Medical and sanitary report of the native army of Bengal for the year
Year: 1878
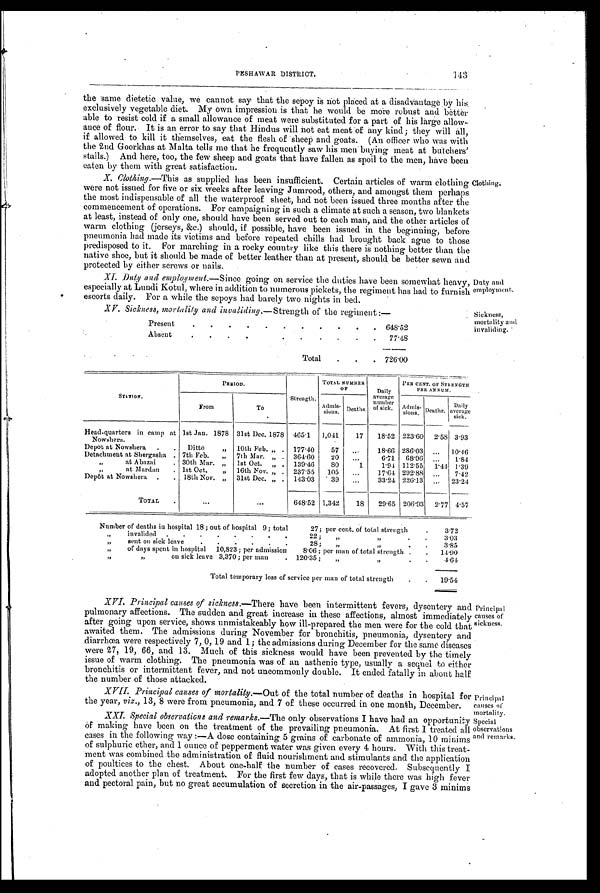
143
PESHAWAR DISTRICT.
the 'same dietetic value, we cannot say that the sepoy is not placed at a disadvantage by his,
exclusively vegetable diet. My own impression is that he would be more robust and better
able to resist cold if a small allowance of meat were substituted for a part of his large allow-
ance of flour.- It is an error to say that Hindus will not eat meat of any kind; they will all,
if allowed to kill it themselves, eat the flesh of sheep and goats. (An officer Who was with
the 2nd Goorkhas at Malta tells me that he frequently saw his men buying Meat at butchers'
stalls.) And here, too, the few sheep and goats that have fallen as spoil to the men, have been eaten by them with great satisfaction.
X. Clothing.—This as supplied has been insufficient. Certain articles of warm clothing
were not issued for five or six weeks after leaving Jumrood, others, and amongst them perhaps
the most indispensable of all the waterproof sheet, had not been issued three months after the
commencement of operations. For campaigning in such a climate at such a season, two blankets
at least, instead of only one, should have been served out to each man, and the other articles of
warm clothing (jerseys, &c.) should, if possible, have been issued in the beginning, before
pneumonia had made its victims and before repeated chills had brought back ague to those
predisposed to it. For marching in a rocky country like this there is nothing better than the
native shoe, but it should be made of better leather than at present, should. be better sewn and
protected by either screws or nails.
Clothing
X.I. Duty and employment .—Since going on service the duties have been somewhat heavy, Duty and
especially at Lundi Kotul, where in addition to numerous pickets, the regiment has had to furnish
escorts daily. For a while the sepoys had barely two nights in bed.
Duty and
X V. Sickness, mortatity and invaliding .—Strength of the regiment:—
Present
. .
. . . . . .
. . . 648.52
Absent
.
.
.
.
. .
. .
. . 77.48
Total .
. . 726.00
Sickness,
mortality and
invaliding.
STATION.
PERIOD.
TOTAL NUMBER
OF
Daily
average
number of sick.
PER CENT. OT STRENGTH
PRR ANNUM.
from
To
Strength. Admis- sions. Deaths.
Admi s-si ons Deaths. Daily
average si ck
Head-quarters in camp at
Nowshera.
1st Jan. 1878 31st Dee. 1878 465.1 1,041
17 18.52 223.60 2.58 3.93
Depot at Nowshera . . Ditto
„ 10th Feb. „ . 177.40
57 ...
18.66 286.03 ... 10.46
Detachment at Shergasha . 7th Feb. „ 7th Mar. „ . 364.60
20 ...
6.71 68.96 ... 1.84
at Abazai
. 30th Mar. „ 1st Oct. „ . 139.46 8O
1
1.94 112.55 1.44 1.39
at Mardan . 1st Oct. „ 16th Nov. „ . 237.55 105 ...
17.64 292.88
. . . 7.42
Depôt at Nowshera . . 18th Nov. „ 31st Dec. „ . 143.03
39 ...
33.24 226.13 ... 23.24
TOTAL
. . .
...
648.52 1,342
18 29.65 206.93 2.77 4.57
Number of deaths in hospital 18 ; out of hospital 9; total
27; per cent. of total strength
.
3.72
”
invalided . . . . . . .
.
22 ; „
. .
3.03
”
sent on sick leave
. . . . . .
28; „
”
. .
3.85
„
of days spent in hospital 10,823 ; per admission
8.06; per man of total strength . . 11.90
”
”
ou sick leave 3,370; per man
. 120.35; „
”
. .
4 . 6 4
Total temporary loss of service per man of total strength
. . 19.54
XVI. Principal causes of sickness .—There have been intermittent fevers, dysentery and
pulmonary affections. The sudden and great increase in these affections, almost immediately
after going upon service, shows unmistakeably how ill-prepared the men were for the cold that
awaited them. The admissions during November for bronchitis, pneumonia, dysentery and
diarrhœa were respectively 7, 0, 19 and 1; the admissions during December for the same diseases
were 27, 19, 66, and 13. Much of this sickness would have been prevented by the timely
issue of warm clothing. The pneumonia was of an asthenic type, usually a sequel to either
bronchitis or intermittent fever, and not uncommonly double. It ended fatally in about half
the number of those attacked.
XVII. Principal causes of mortality .—Out of the total number of deaths in hospital for
the year, viz ., 13, 8 were from pneumonia, and 7 of these occurred in one month, December.
Principal
causes of
sickness.
Principal
causes of
mortality
XXI.
Special observations and remarks .—The only observations I have had an opportunity
of making have been on the treatment of the prevailing pneumonia. At first I treated all
cases in the following way :—A dose containing. 5 grains of carbonate of ammonia, 10 minims
of sulphuric ether, and 1 ounce of pepperment water was given every 4 hours. With this treat-
-ment was combined the administration of fluid nourishment and stimulants and the application
of poultices to the chest. About one-half the number of cases recovered. Subsequently I
adopted another plan of treatment. For the first few days, that is while there was high fever
and pectoral pain, but no great accumulation of secretion in the air-passages, I gave 3 minims
Special
observations
and remarks.